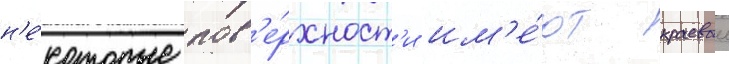
н'е́которые пов'е́рхност'и им'е́ют краевои